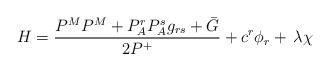
LaTeX: \begin{align*}H=\frac{P^{M}P^{M}+P_{A}^{r}P_{A}^{s}g_{rs}+\bar{G}}{2P^{+}}+c^{r}\phi_{r}+\,\lambda \chi \end{align*}